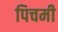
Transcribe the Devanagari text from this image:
पिचमी